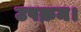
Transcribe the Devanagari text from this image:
उपक्रम।